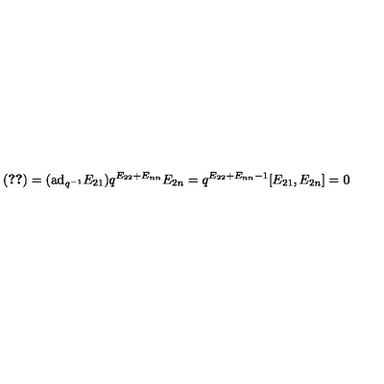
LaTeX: ( \ref { 2 } ) = ( \mathrm { a d } _ { q ^ { - 1 } } E _ { 2 1 } ) q ^ { E _ { 2 2 } + E _ { n n } } E _ { 2 n } = q ^ { E _ { 2 2 } + E _ { n n } - 1 } [ E _ { 2 1 } , E _ { 2 n } ] = 0